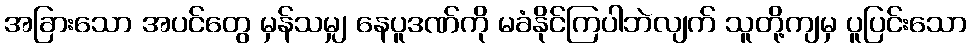
အခြားသော အပင်တွေ မှန်သမျှ နေပူဒဏ်ကို မခံနိုင်ကြပါဘဲလျက် သူတို့ကျမှ ပူပြင်းသော